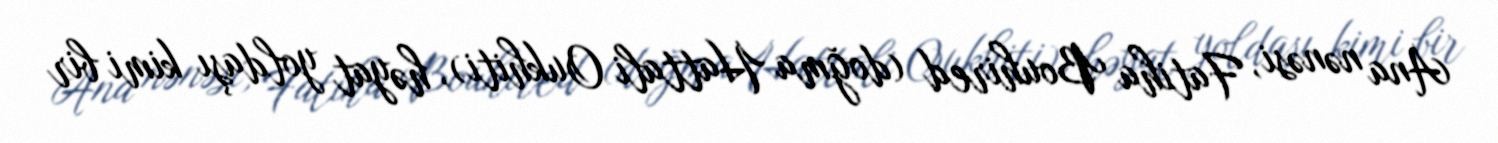
Ana nənəsi, Fatiha Bouhired (doğma Hattali Oukhiti), həyat yoldaşı kimi bir